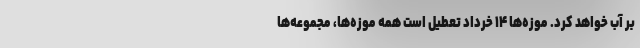
بر آب خواهد کرد. موزه‌ها ۱۴ خرداد تعطیل است همه موزه‌ها، مجموعه‌ها